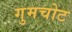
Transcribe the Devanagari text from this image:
गुमचोट